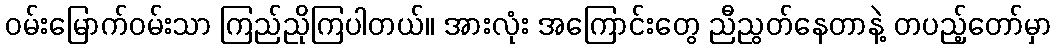
ဝမ်းမြောက်ဝမ်းသာ ကြည်ညိုကြပါတယ်။ အားလုံး အကြောင်းတွေ ညီညွတ်နေတာနဲ့ တပည့်တော်မှာ